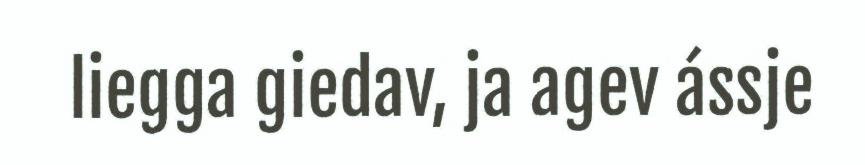
liegga giedav, ja agev ássje